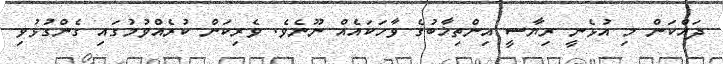
ދައްކަން މި އުޅެނީ ރިޔާސީ އިންތިޚާބުގެ ވާހަކައެއް ނޫނެވެ. ވެރިކަން ކުރެެއްވުމުގައި ގެންގުޅުވި